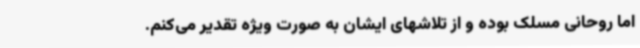
اما روحانی مسلک بوده و از تلاشهای ایشان به صورت ویژه تقدیر می‌کنم.